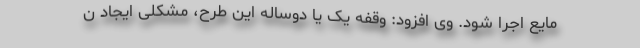
مایع اجرا شود. وی افزود: وقفه یک یا دوساله این طرح، مشکلی ایجاد ن